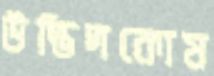
উদ্ভিদকোষ